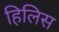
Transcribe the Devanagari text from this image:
हिलिस